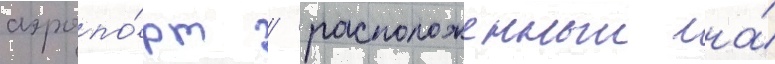
аэропо́рт / расположенныи на́